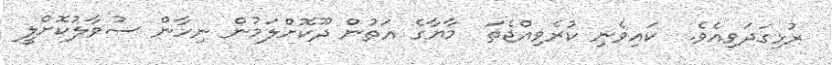
ރުޅިގަދަވިއެވެ.  ކައިވެނި ކުރެވިއްޖެތަ  މާޔާގެ އަތުން ދޫކޮށްލަމުން ނިހާން ސުވާލުކޮށްލީ